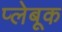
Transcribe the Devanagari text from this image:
प्लेबूक